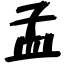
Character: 孟